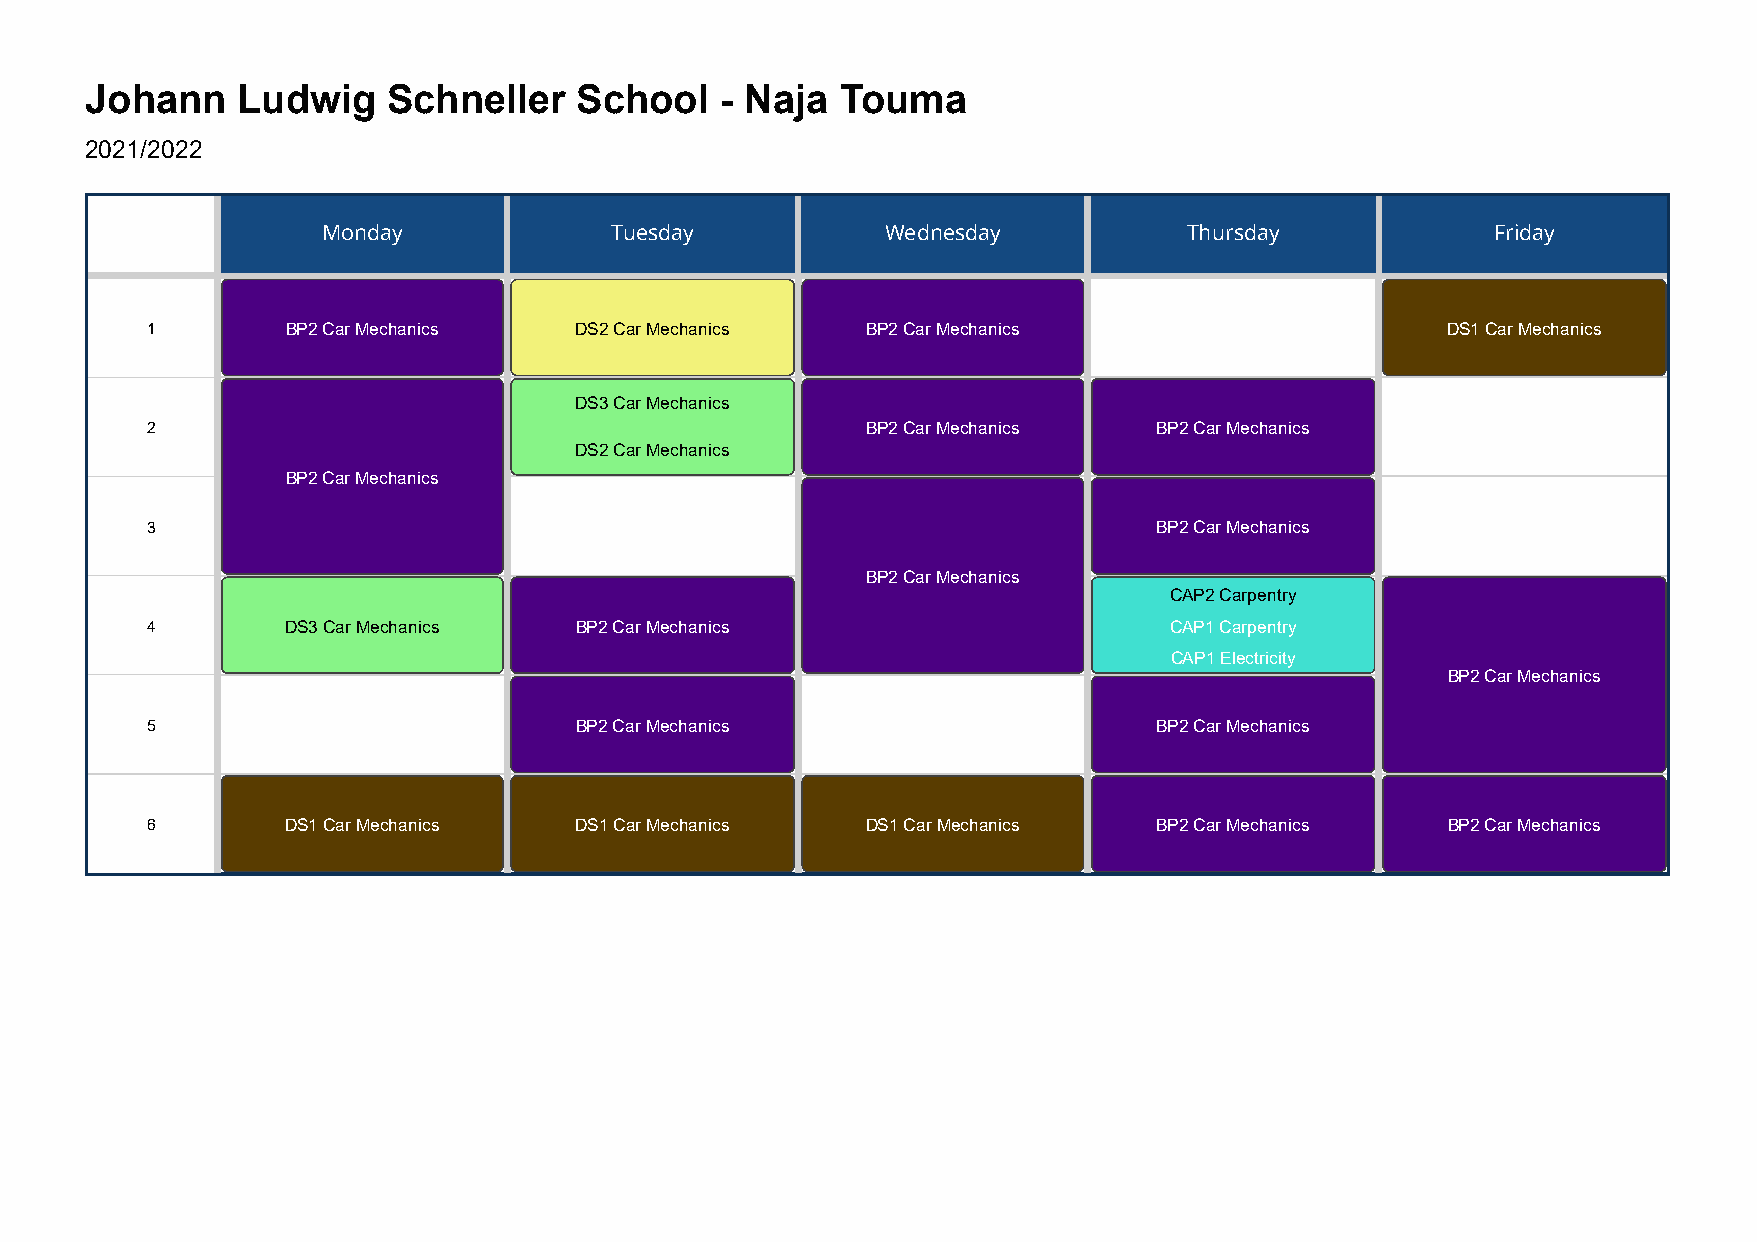
Johann    Ludwig    Schneller   School    - Naja  Touma
 2021/2022
 Monday             Tuesday            Wednesday           Thursday            Friday
 1        BP2 Car Mechanics  DS2 Car Mechanics  BP2 Car Mechanics                      DS1 Car Mechanics
 DS3 Car Mechanics
 2                                              BP2 Car Mechanics   BP2 Car Mechanics
 DS2 Car Mechanics
 BP2 Car Mechanics
 3                                                                  BP2 Car Mechanics
 BP2 Car Mechanics
 CAP2 Carpentry
 4        DS3 Car Mechanics  BP2 Car Mechanics                      CAP1 Carpentry
 CAP1 Electricity
 BP2 Car Mechanics
 5                           BP2 Car Mechanics                      BP2 Car Mechanics
 6        DS1 Car Mechanics  DS1 Car Mechanics  DS1 Car Mechanics   BP2 Car Mechanics  BP2 Car Mechanics